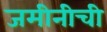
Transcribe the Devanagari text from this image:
जमीनीची